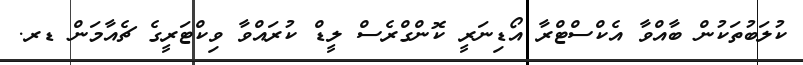
ކުލަބުތަކުން ބާއްވާ އެކްސްޓްރާ އޯޑިނަރީ ކޮންގްރެސް ލީޑް ކުރައްވާ ވިކްޓަރީގެ ޗެއާމަން ޑރ.